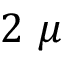
2 ~ \mu